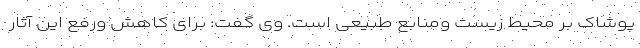
پوشاک بر محیط زیست ومنابع طبیعی است. وی گفت: برای کاهش ورفع این آثار